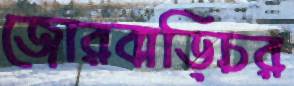
জোরবাড়িচর